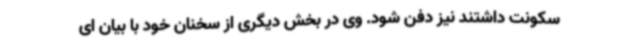
سکونت داشتند نیز دفن شود. وی در بخش دیگری از سخنان خود با بیان ای